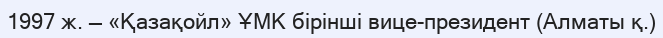
1997 ж. — «Қазақойл» ҰМК бірінші вице-президент (Алматы қ.)